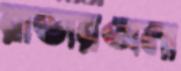
রাডারঅলা